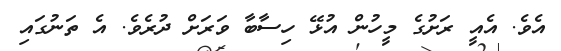
އެވެ. އެއީ ރަށުގެ މީހުން އުޅޭ ހިސާބާ ވަރަށް ދުރެވެ. އެ ތަނުގައި